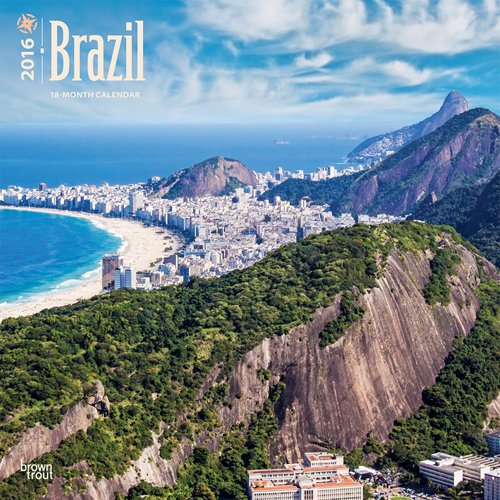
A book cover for Brazil 2016 Square 12x12; Browntrout Publishers; Travel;